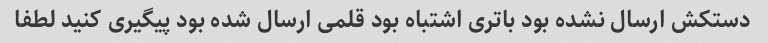
دستکش ارسال نشده بود باتری اشتباه بود قلمی ارسال شده بود پیگیری کنید لطفا